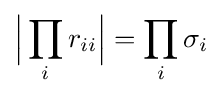
{\Big |}\prod _{i}r_{ii}{\Big |}=\prod _{i}\sigma _{i}